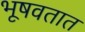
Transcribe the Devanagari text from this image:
भूषवतात